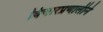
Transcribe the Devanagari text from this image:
विचारप्रणालीने